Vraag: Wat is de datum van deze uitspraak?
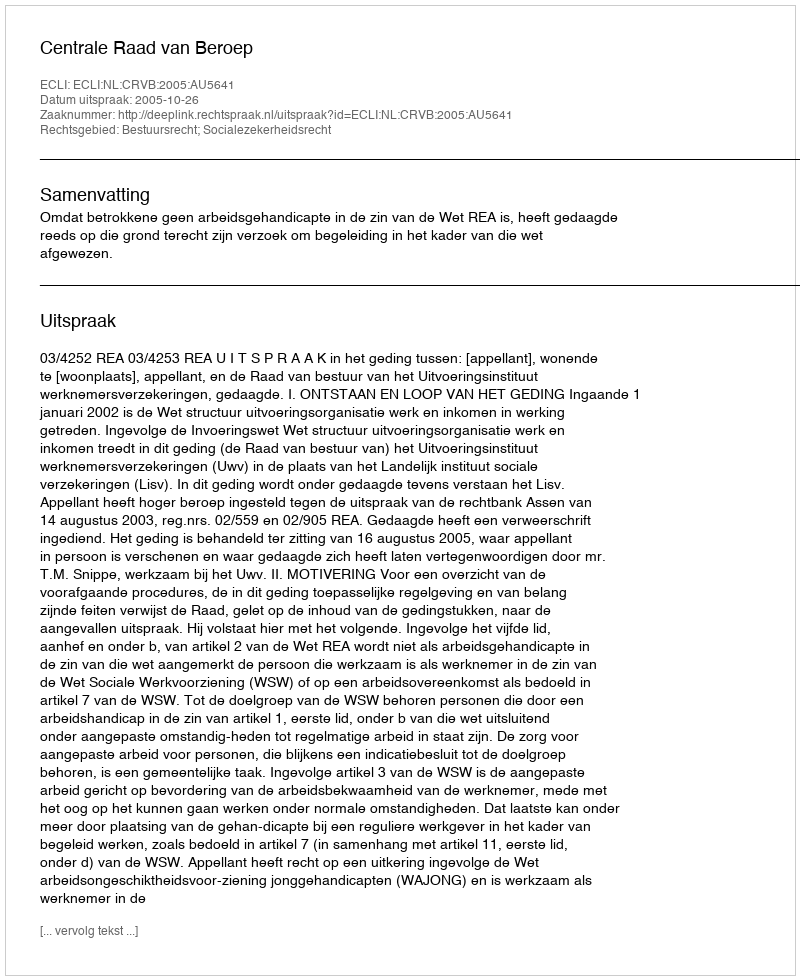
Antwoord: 2005-10-26